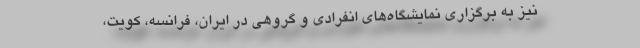
نیز به برگزاری نمایشگاه‌های انفرادی و گروهی در ایران، فرانسه، کویت،